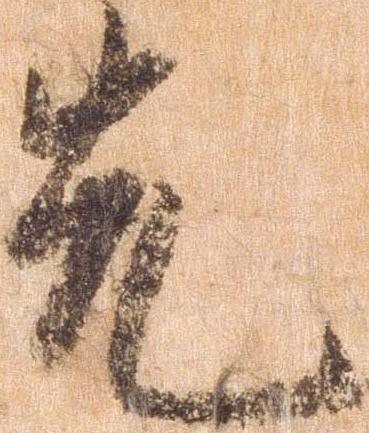
先